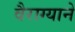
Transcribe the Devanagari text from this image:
वैराग्याने